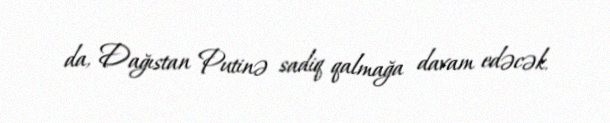
da, Dağıstan Putinə sadiq qalmağa davam edəcək.